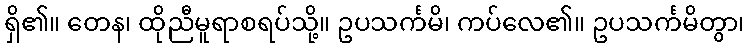
ရှိ၏။ တေန၊ ထိုညီမူရာစရပ်သို့။ ဥပသင်္ကမိ၊ ကပ်လေ၏။ ဥပသင်္ကမိတွာ၊